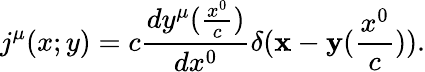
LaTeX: j^{\mu}(x;y)=c\frac{dy^{\mu}(\frac{x^{0}}{c})}{dx^{0}}\delta({\mathbf x}-{\mathbf y}(\frac{x^{0}}{c})).